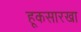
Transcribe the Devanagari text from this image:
हूकसारखा